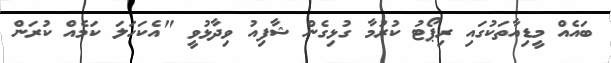
ބައެއް މީޑިއާތަކުގައި ރިޕޯޓު ކުރުމާ ގުޅިގެން ޝާފިއު ވިދާޅުވީ "އެކަހަލަ ކަމެއް ކުރަން